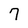
Character: 7